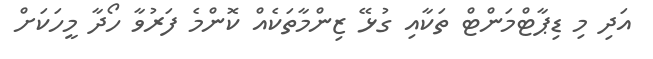
އަދި މި ޑިޕާޓްމަންޓް ތަކާއި ގުޅޭ ޒިންމާތަކެއް ކޮންމެ ފަރުވާ ހޯދާ މީހަކަށް